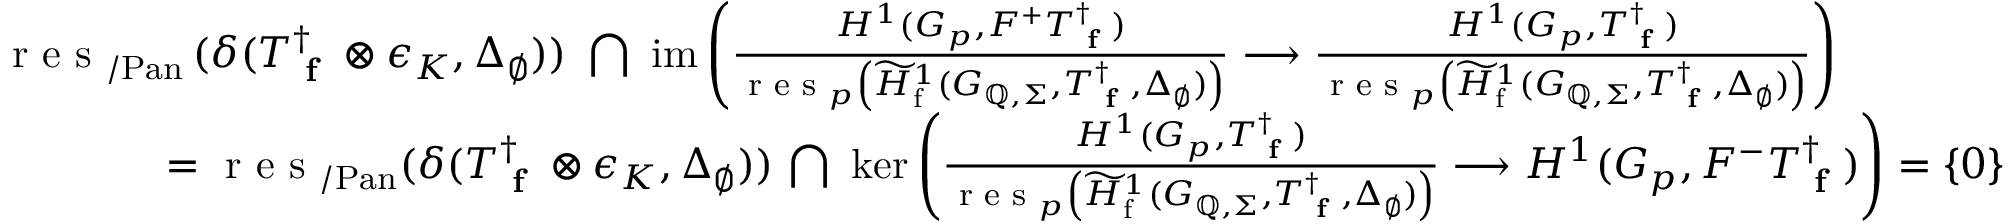
\begin{array} { r l } & { \textup { r e s } _ { / \mathrm { P a n } } \, ( \delta ( T _ { \textup { \bf f } } ^ { \dagger } \otimes \epsilon _ { K } , \Delta _ { \emptyset } ) ) \, \, \bigcap \, \, \mathrm { i m } \left( \frac { H ^ { 1 } ( G _ { p } , F ^ { + } T _ { \textup { \bf f } } ^ { \dagger } ) } { \textup { r e s } _ { p } \left( \widetilde { H } _ { \mathrm { f } } ^ { 1 } ( G _ { \mathbb { Q } , \Sigma } , T _ { \textup { \bf f } } ^ { \dagger } , \Delta _ { \emptyset } ) \right) } \longrightarrow \frac { H ^ { 1 } ( G _ { p } , T _ { \textup { \bf f } } ^ { \dagger } ) } { \textup { r e s } _ { p } \left( \widetilde { H } _ { \mathrm { f } } ^ { 1 } ( G _ { \mathbb { Q } , \Sigma } , T _ { \textup { \bf f } } ^ { \dagger } , \Delta _ { \emptyset } ) \right) } \right) } \\ & { \qquad \qquad = \textup { r e s } _ { / \mathrm { P a n } } ( \delta ( T _ { \textup { \bf f } } ^ { \dagger } \otimes \epsilon _ { K } , \Delta _ { \emptyset } ) ) \, \bigcap \, \, \ker \left( \frac { H ^ { 1 } ( G _ { p } , T _ { \textup { \bf f } } ^ { \dagger } ) } { \textup { r e s } _ { p } \left( \widetilde { H } _ { \mathrm { f } } ^ { 1 } ( G _ { \mathbb { Q } , \Sigma } , T _ { \textup { \bf f } } ^ { \dagger } , \Delta _ { \emptyset } ) \right) } \longrightarrow { H ^ { 1 } ( G _ { p } , F ^ { - } T _ { \textup { \bf f } } ^ { \dagger } ) } \right) = \{ 0 \} } \end{array}